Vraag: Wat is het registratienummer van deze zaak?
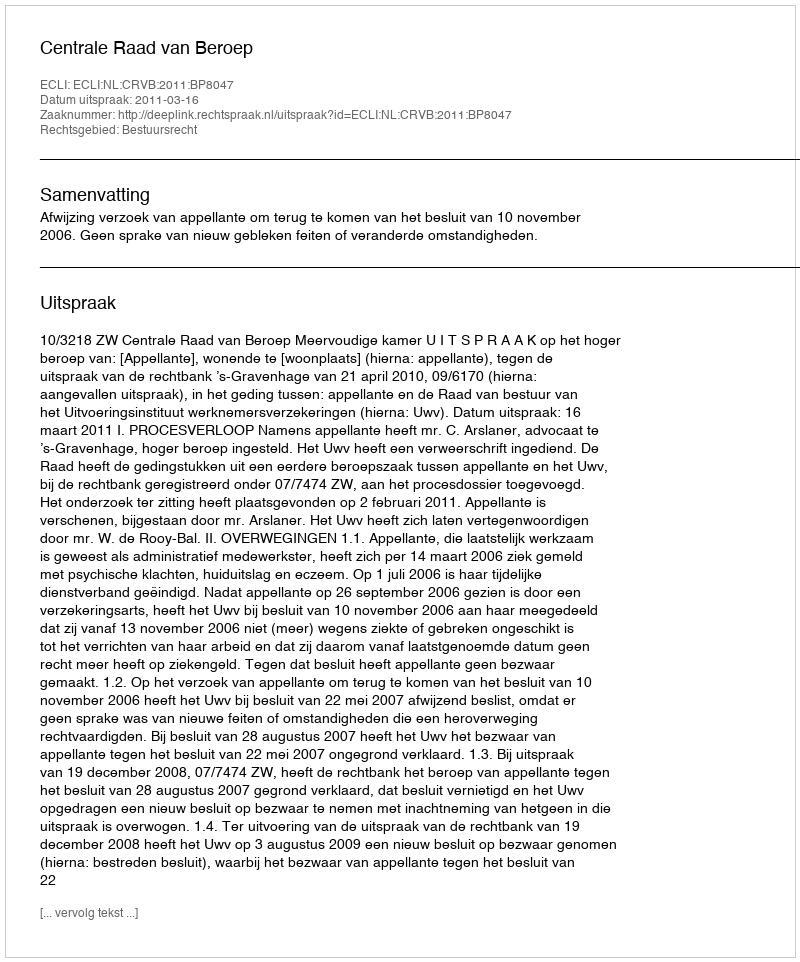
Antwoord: http://deeplink.rechtspraak.nl/uitspraak?id=ECLI:NL:CRVB:2011:BP8047